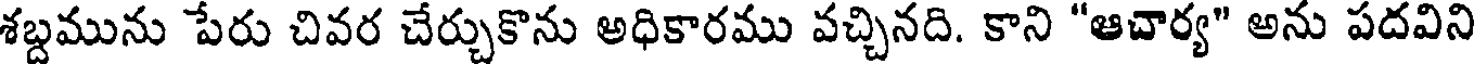
శబ్దమును పేరు చివర చేర్చుకొను అధికారము వచ్చినది. కాని "ఆచార్య" అను పదవిని